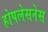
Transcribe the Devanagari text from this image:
होपलेसनेस